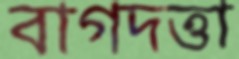
বাগদত্তা